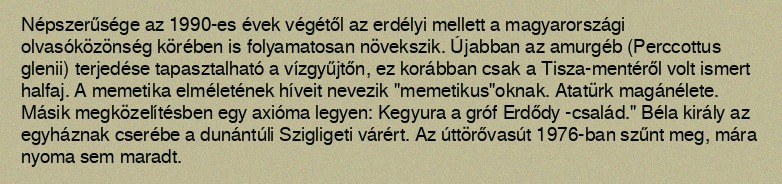
Népszerűsége az 1990-es évek végétől az erdélyi mellett a magyarországi olvasóközönség körében is folyamatosan növekszik. Újabban az amurgéb (Perccottus glenii) terjedése tapasztalható a vízgyűjtőn, ez korábban csak a Tisza-mentéről volt ismert halfaj. A memetika elméletének híveit nevezik "memetikus"oknak. Atatürk magánélete. Másik megközelítésben egy axióma legyen: Kegyura a gróf Erdődy -család." Béla király az egyháznak cserébe a dunántúli Szigligeti várért. Az úttörővasút 1976-ban szűnt meg, mára nyoma sem maradt.